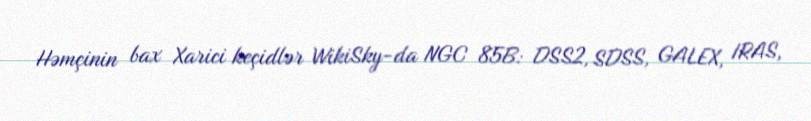
Həmçinin bax Xarici keçidlər WikiSky-da NGC 85B: DSS2, SDSS, GALEX, IRAS,